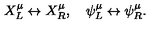
X _ { L } ^ { \mu } \leftrightarrow X _ { R } ^ { \mu } , \quad \psi _ { L } ^ { \mu } \leftrightarrow \psi _ { R } ^ { \mu } .